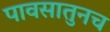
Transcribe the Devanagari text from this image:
पावसातुनच